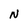
Character: N